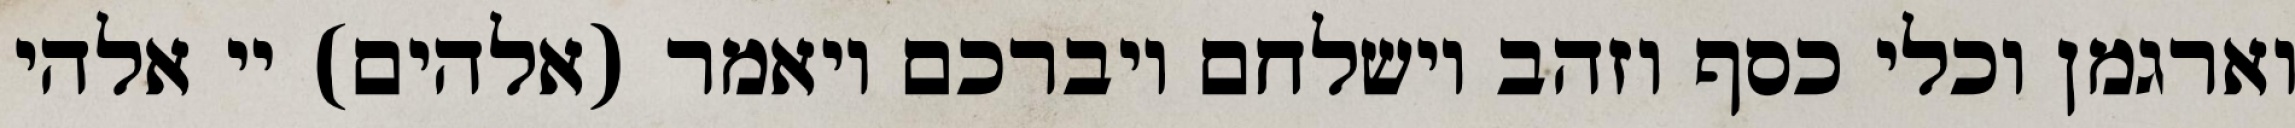
וארגמן וכלי כסף וזהב וישלחם ויברכם ויאמר (אלהים) יי אלהי